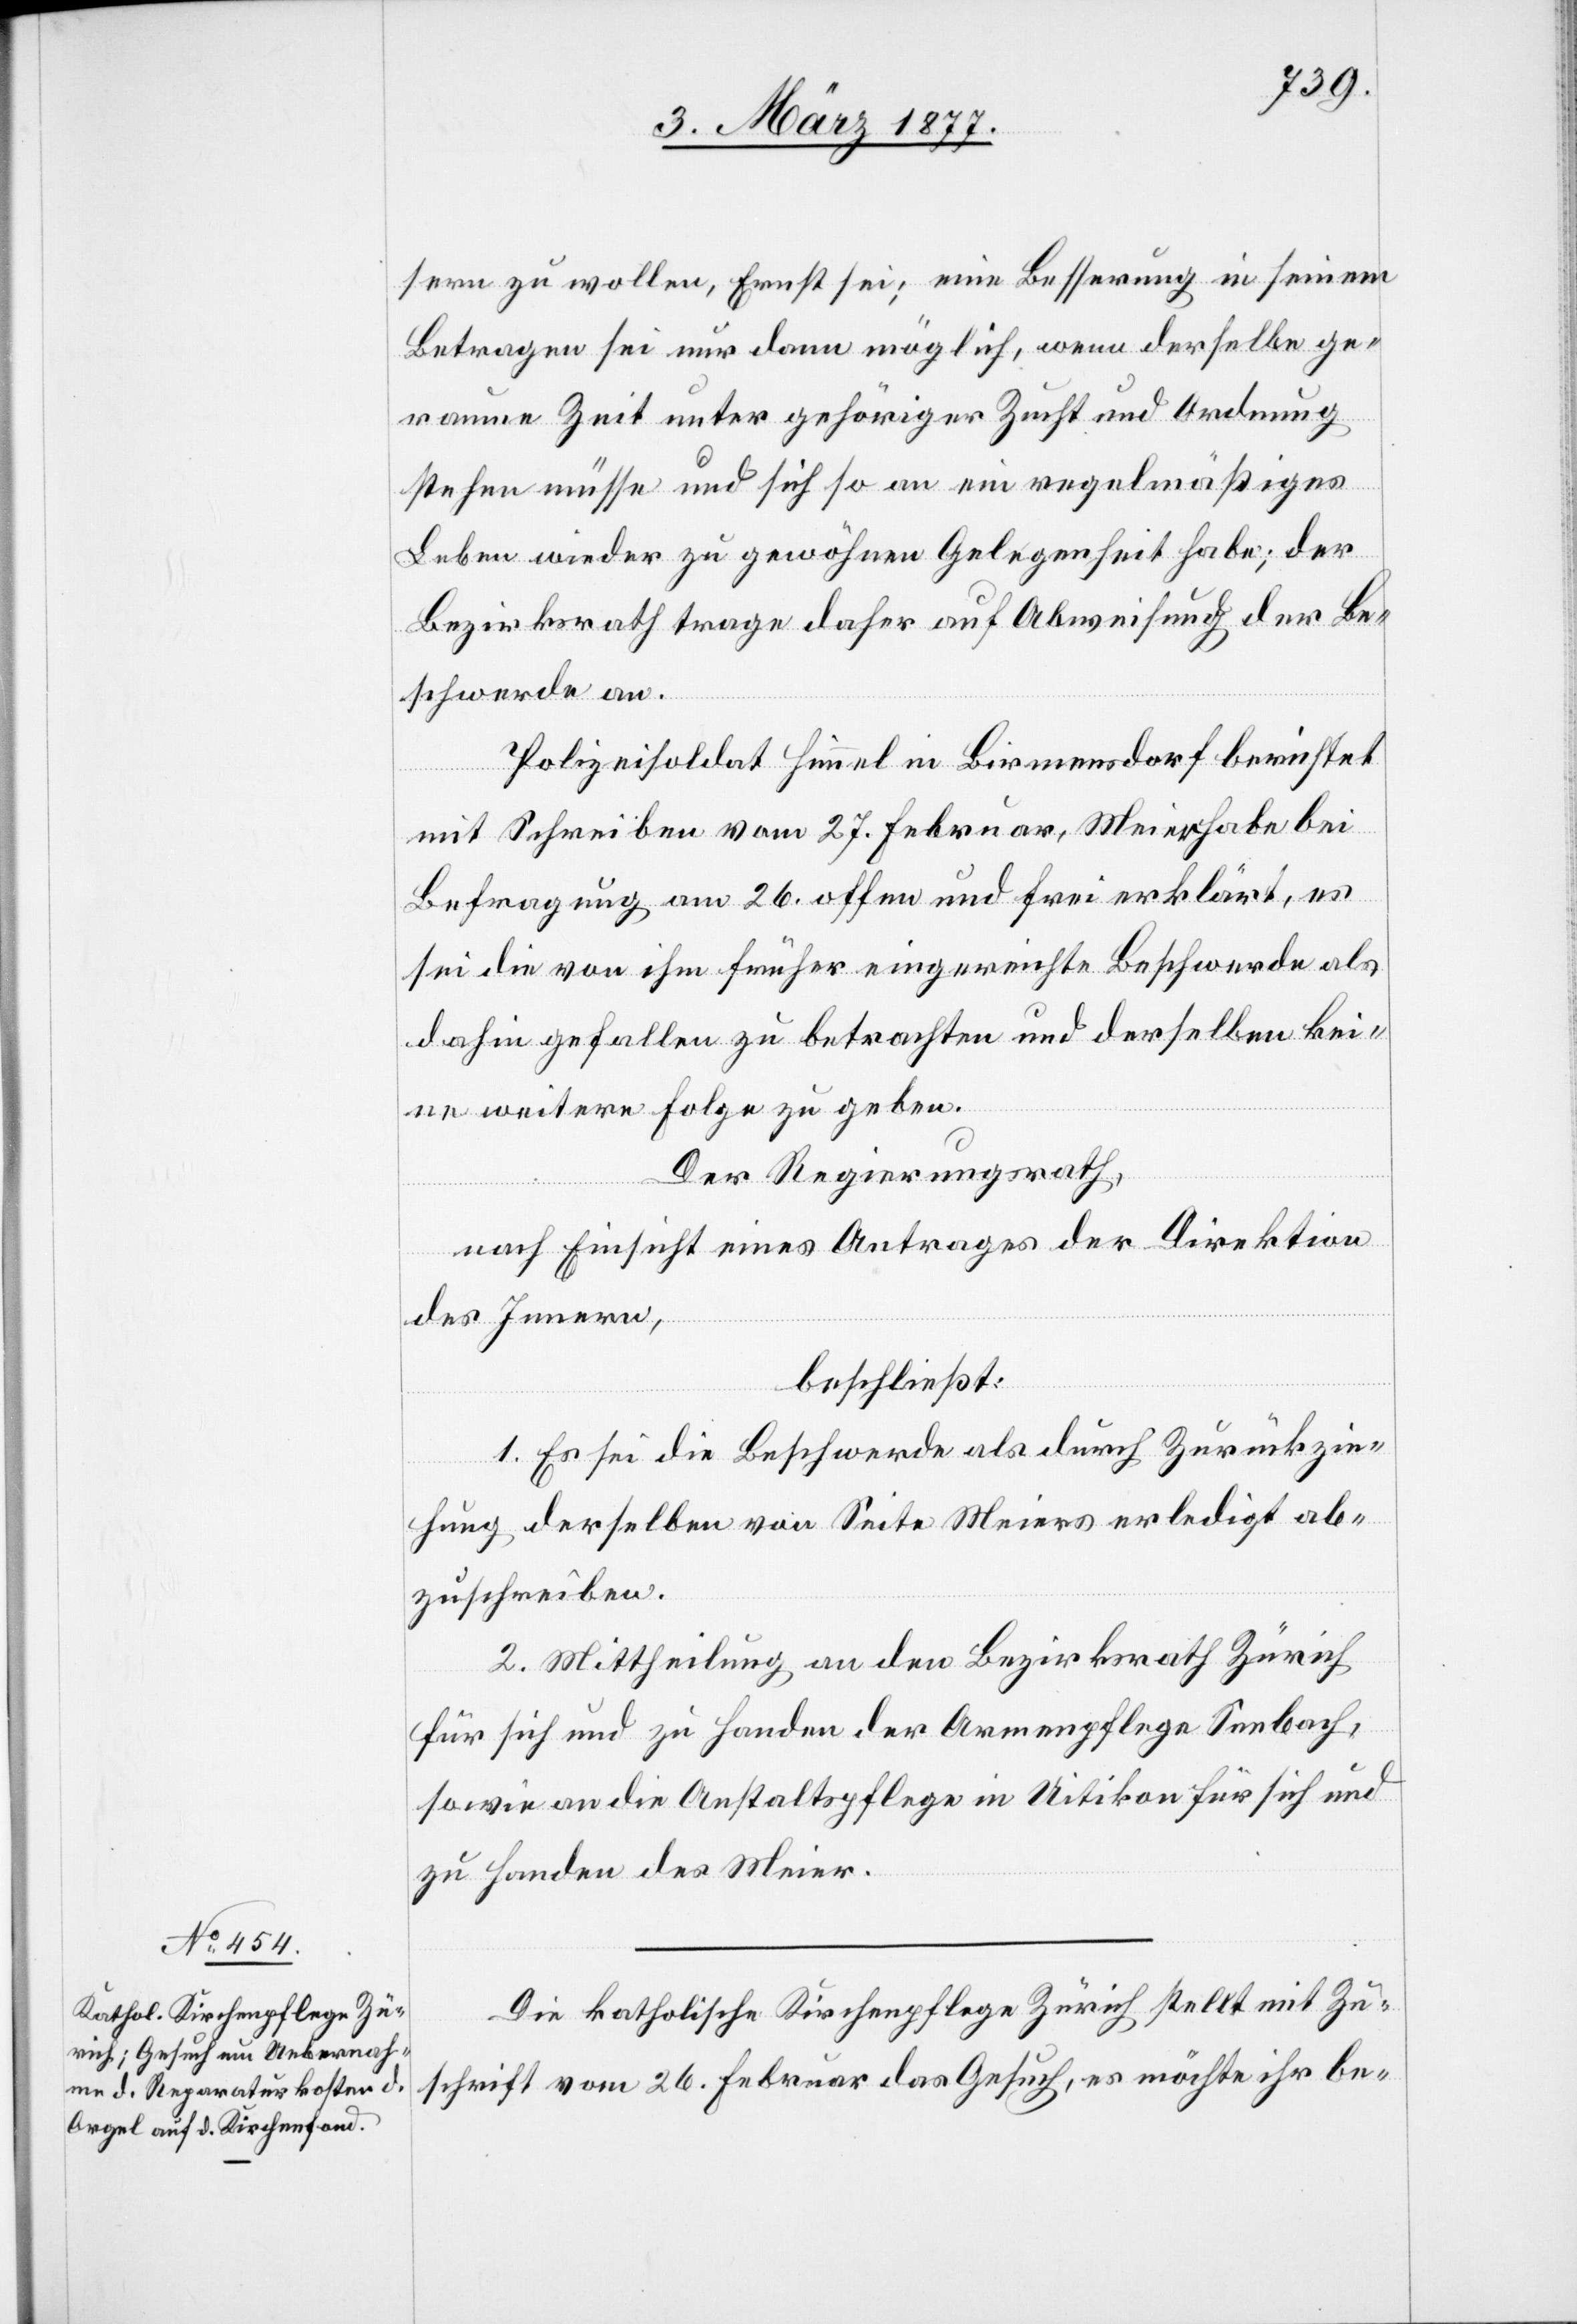
sern zu wollen, Ernst sei; eine Besserung in seinem
Betragen sei nur dann möglich, wenn derselbe ge¬
raume Zeit unter gehöriger Zucht und Ordnung
stehen müsse und sich so an ein regelmäßiges
Leben wieder zu gewöhnen Gelegenheit habe; der
Bezirksrath trage daher auf Abweisung der Be¬
schwerde an.
Polizeisoldat Himmel in Birmensdorf berichtet
mit Schreiben vom 27. Februar, Meier habe bei
Befragung am 26. offen und frei erklärt, es
sei die von ihm früher eingereichte Beschwerde als
dahin gefallen zu betrachten und derselben kei¬
ne weitere Folge zu geben.
Der Regierungsrath,
nach Einsicht eines Antrages der Direktion
des Innern,
beschließt:
1. Es sei die Beschwerde als durch Zurückzie¬
hung derselben von Seite Meiers erledigt ab¬
zuschreiben.
2. Mittheilung an den Bezirksrath Zürich
für sich und zu Handen der Armenpflege Seebach,
sowie an die Anstaltspflege in Uitikon für sich und
zu Handen des Meier.
Die katholische Kirchenpflege Zürich stellt mit Zu¬
schrift vom 26. Februar das Gesuch, es möchte ihr be-